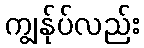
ကျွန်ုပ်လည်း